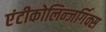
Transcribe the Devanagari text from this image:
एंटीकोलिन्जर्गिक्स